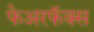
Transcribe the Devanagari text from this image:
फेअरफॅक्स